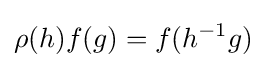
\rho (h)f(g)=f(h^{-1}g)